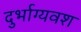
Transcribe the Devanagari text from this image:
दुर्भाग्‍यवश